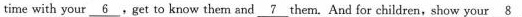
time with your\underline{6}.Get to know them and \underline{7}them. And for children, show your\underline{8}